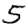
Digit: 5